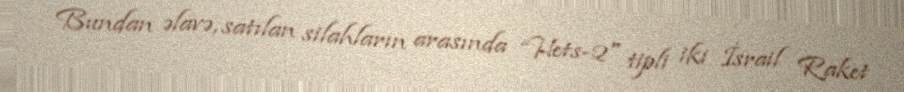
Bundan əlavə, satılan silahların arasında “Hets-2" tipli iki İsrail Raket